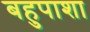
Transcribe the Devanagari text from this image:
बहुपाशा